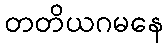
တတိယဂမနေ